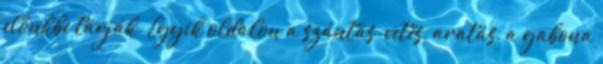
előnkbe tárják. Egyik oldalon a szántás-vetés, aratás, a gabona